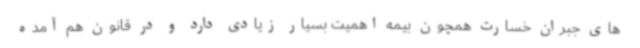
های جبران خسارت همچون بیمه اهمیت بسیار زیادی دارد و در قانون هم آمده